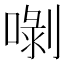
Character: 𠺣